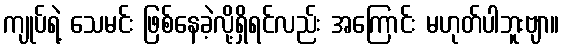
ကျုပ်ရဲ့ သေမင်း ဖြစ်နေခဲ့လို့ရှိရင်လည်း အကြောင်း မဟုတ်ပါဘူးဗျာ။